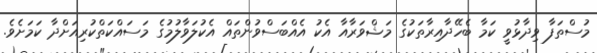
މުސްތަފާ ވިދާޅުވީ ކަމާ ބެހޭދާއިރާތަކުގެ މަޝްވަރާއާ އެކު އެއްބަސްވުންތައް އެކުލަވާލުމުގެ މަސައްކަތްކުރިއަށްދާ ކަމަށެވެ.